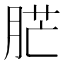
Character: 𦛿